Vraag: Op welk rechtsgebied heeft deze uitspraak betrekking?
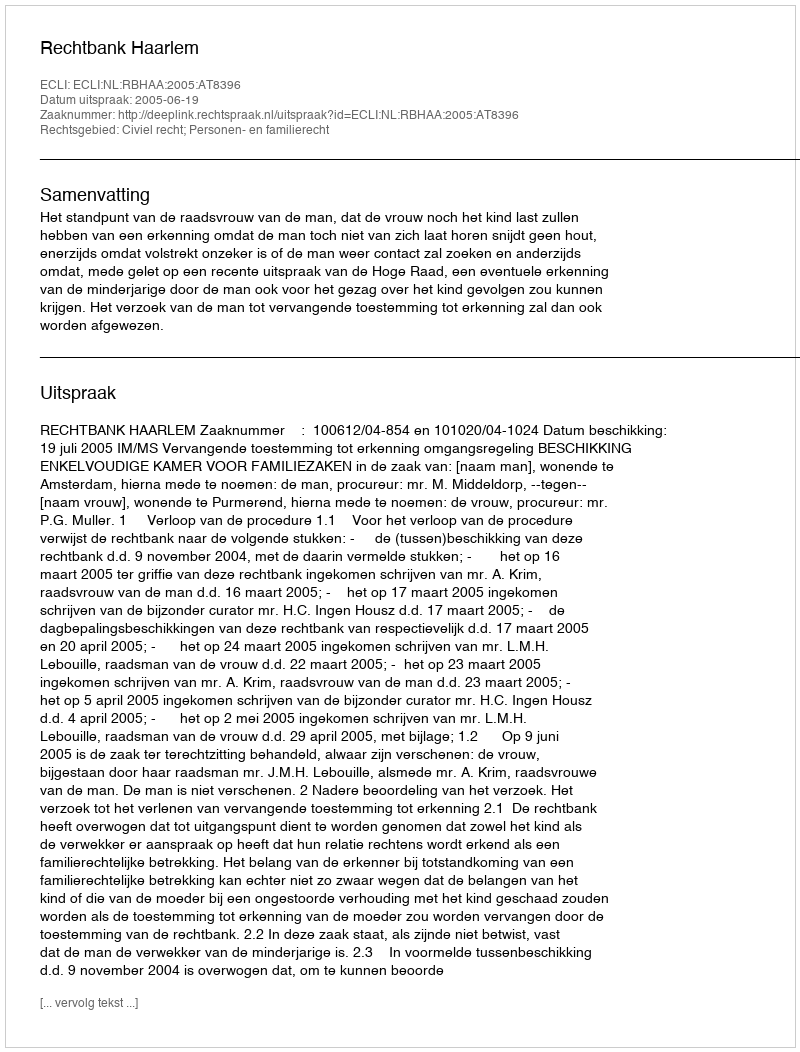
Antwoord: Civiel recht; Personen- en familierecht